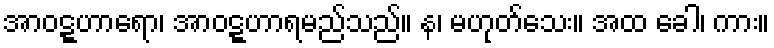
အာဝဋ္ဋဟာရော၊ အာဝဋ္ဋဟာရမည်သည်။ န၊ မဟုတ်သေး။ အထ ခေါ၊ ကား။